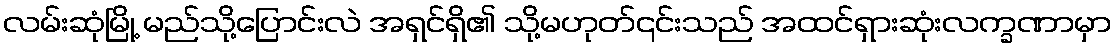
လမ်းဆုံမြို့ မည်သို့ပြောင်းလဲ အရှင်ရှိ၏ သို့မဟုတ်၎င်းသည် အထင်ရှားဆုံးလက္ခဏာမှာ